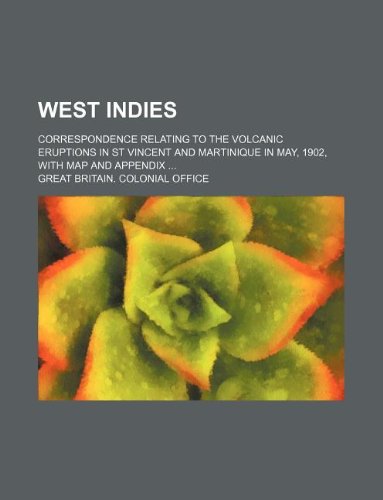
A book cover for West Indies; Correspondence relating to the volcanic eruptions in St Vincent and Martinique in May, 1902, with map and appendix; Great Britain. Colonial Office; Travel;